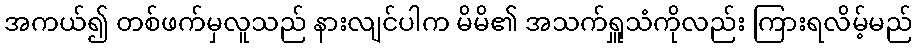
အကယ်၍ တစ်ဖက်မှလူသည် နားလျင်ပါက မိမိ၏ အသက်ရှူသံကိုလည်း ကြားရလိမ့်မည်